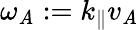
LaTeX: \omega_{\mathit{A}}:=k_{\parallel}v_{\mathit{A}}